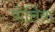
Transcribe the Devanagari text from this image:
पोलिया